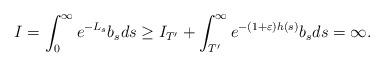
LaTeX: \begin{align*} I &= \int_0^\infty e^{-L_s}b_sds \geq I_{T'} + \int_{T'}^\infty e^{-(1+\varepsilon)h(s)}b_sds = \infty. \end{align*}